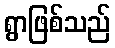
ရွာဖြစ်သည်